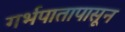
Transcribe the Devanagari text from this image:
गर्भपातापासून